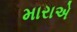
મારાએ